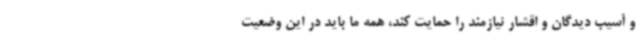
و آسیب دیدگان و اقشار نیازمند را حمایت کند، همه ما باید در این وضعیت